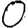
Digit: 0